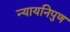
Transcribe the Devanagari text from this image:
न्यायनिपुण